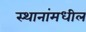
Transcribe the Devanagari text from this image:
स्थानांमधील